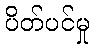
ပိတ်ပင်မှု